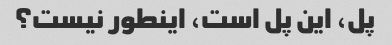
پل، این پل است، اینطور نیست؟